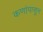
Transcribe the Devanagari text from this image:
कणांपासुन